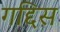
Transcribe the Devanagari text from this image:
गद्दिस